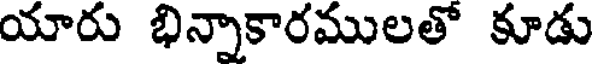
యారు భిన్నాకారములతో కూడు